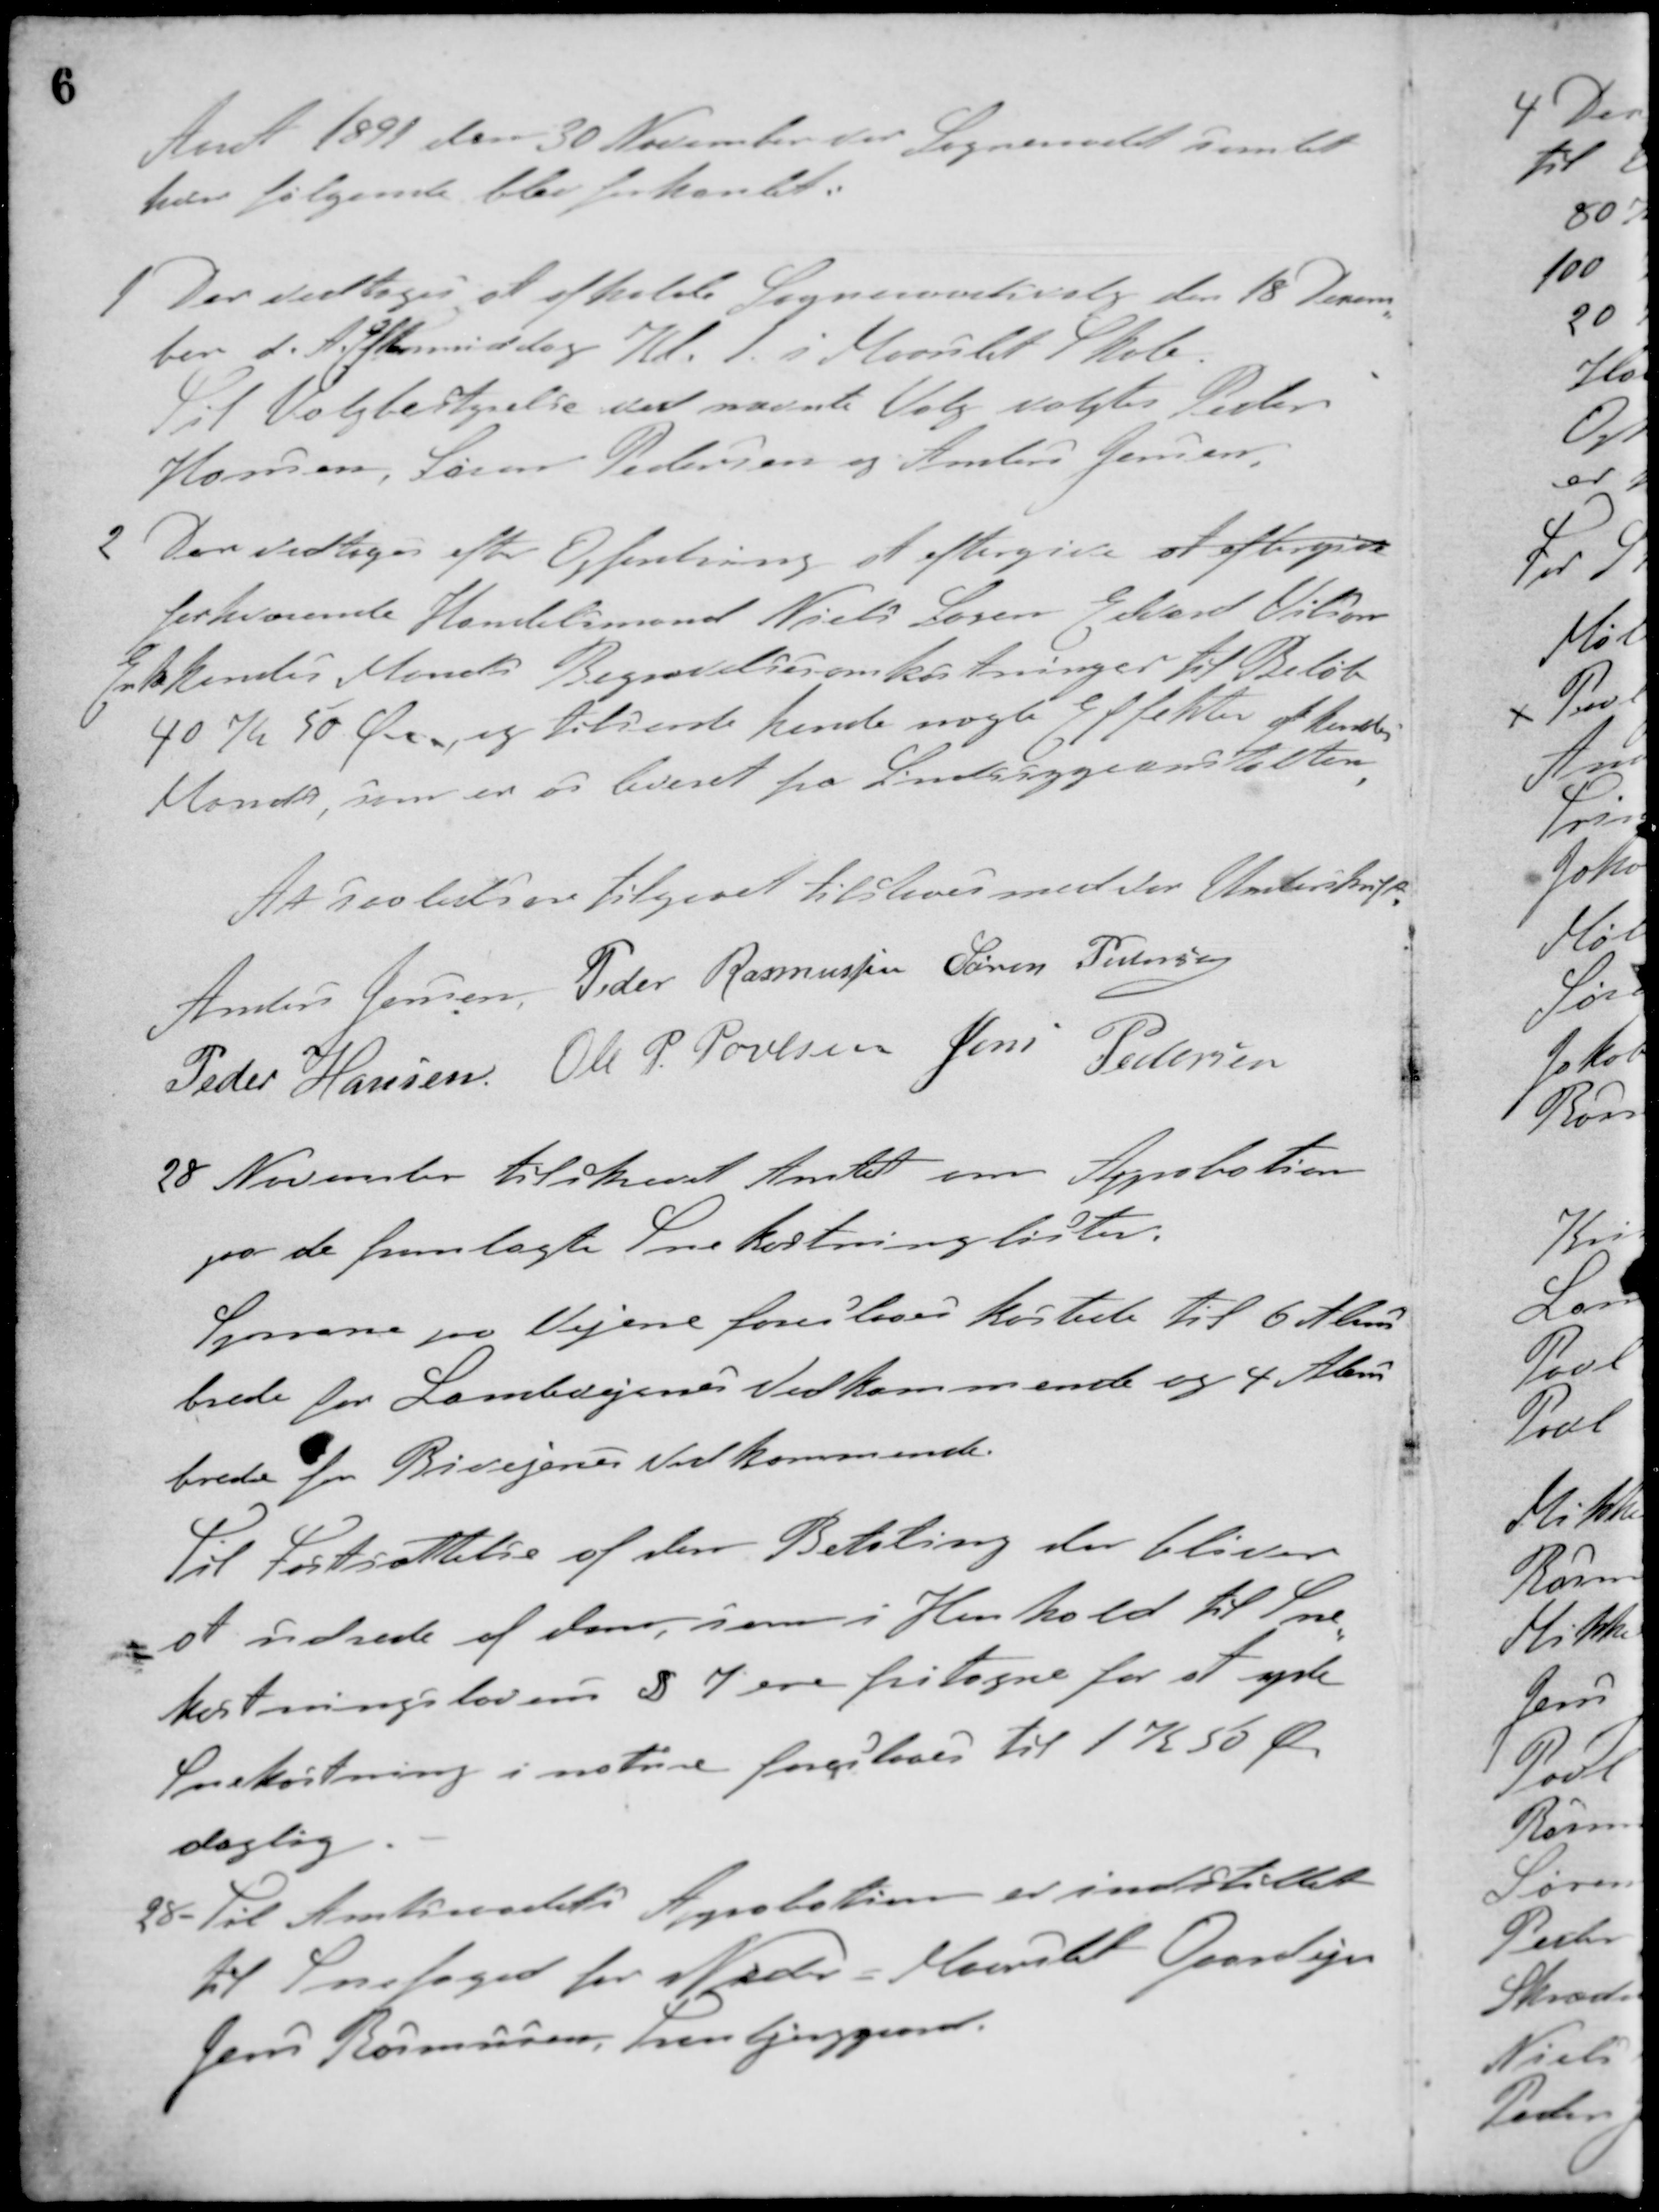
Transskription:
Aaret 1891 den 30 November var Sogneraadet samlet
hvor følgende blev forhandlet.
1. Der vedtoges at afholde Sogneraadsvalg den 18 Decem-
ber d. A. Eftermiddag Kl. 1. i Maarslet Skole.
Til Valgbestyrelse ved nævnte Valg valgtes Peder
Hansen, Søren Pedersen og Anders Jensen,
2. Der vedtoges efter Opfordring at eftergive at eftergive
forhværende Handelsmand Niels Søren Erhard Vilsons
Enke hendes Mands Begravelsesomkostninger til Beløb
40 Kr 50 Øre og tilsende hende nogle Effekter af hendes
Mands, som er os leveret fra Sindssygeanstalten.
At saaledes tilgaaet tilstaaes med vor Underskrift
Anders Jensen Peder Rasmussen Søren Pedersen
Peder Hansen Ole P. Poulsen Jens Pedersen
28 November tilskrevet Amtet om Approbation
paa de fremlagte Snekastninglister.
Sporene paa Vejene foreslaaes kastede til 6 Alens
brede for Landevejenes Vedkommende og 4 Alens
brede for Bivejenes Vedkommende.
Til Fastsættelse af den Betaling der bliver
at udrede af dem, som i Henhold til Sne-
kastningslovens § 7 ere fritagne for at yde
Snekastning i notere foreslaaes til 1 Kr 50 Øre
daglig
28 - Til Amtsraadets Approbation er indstillet
til Snefoged for Neder - Maarslet Gaardejer
Jens Rasmussen, Lunbjerggaard.